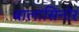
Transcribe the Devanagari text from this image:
बालासिनोर